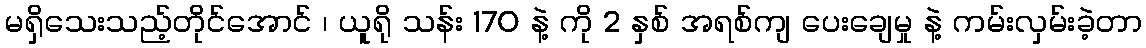
မရှိသေးသည့်တိုင်အောင် ၊ ယူရို သန်း 170 နဲ့ ကို 2 နှစ် အရစ်ကျ ပေးချေမှု နဲ့ ကမ်းလှမ်းခဲ့တာ